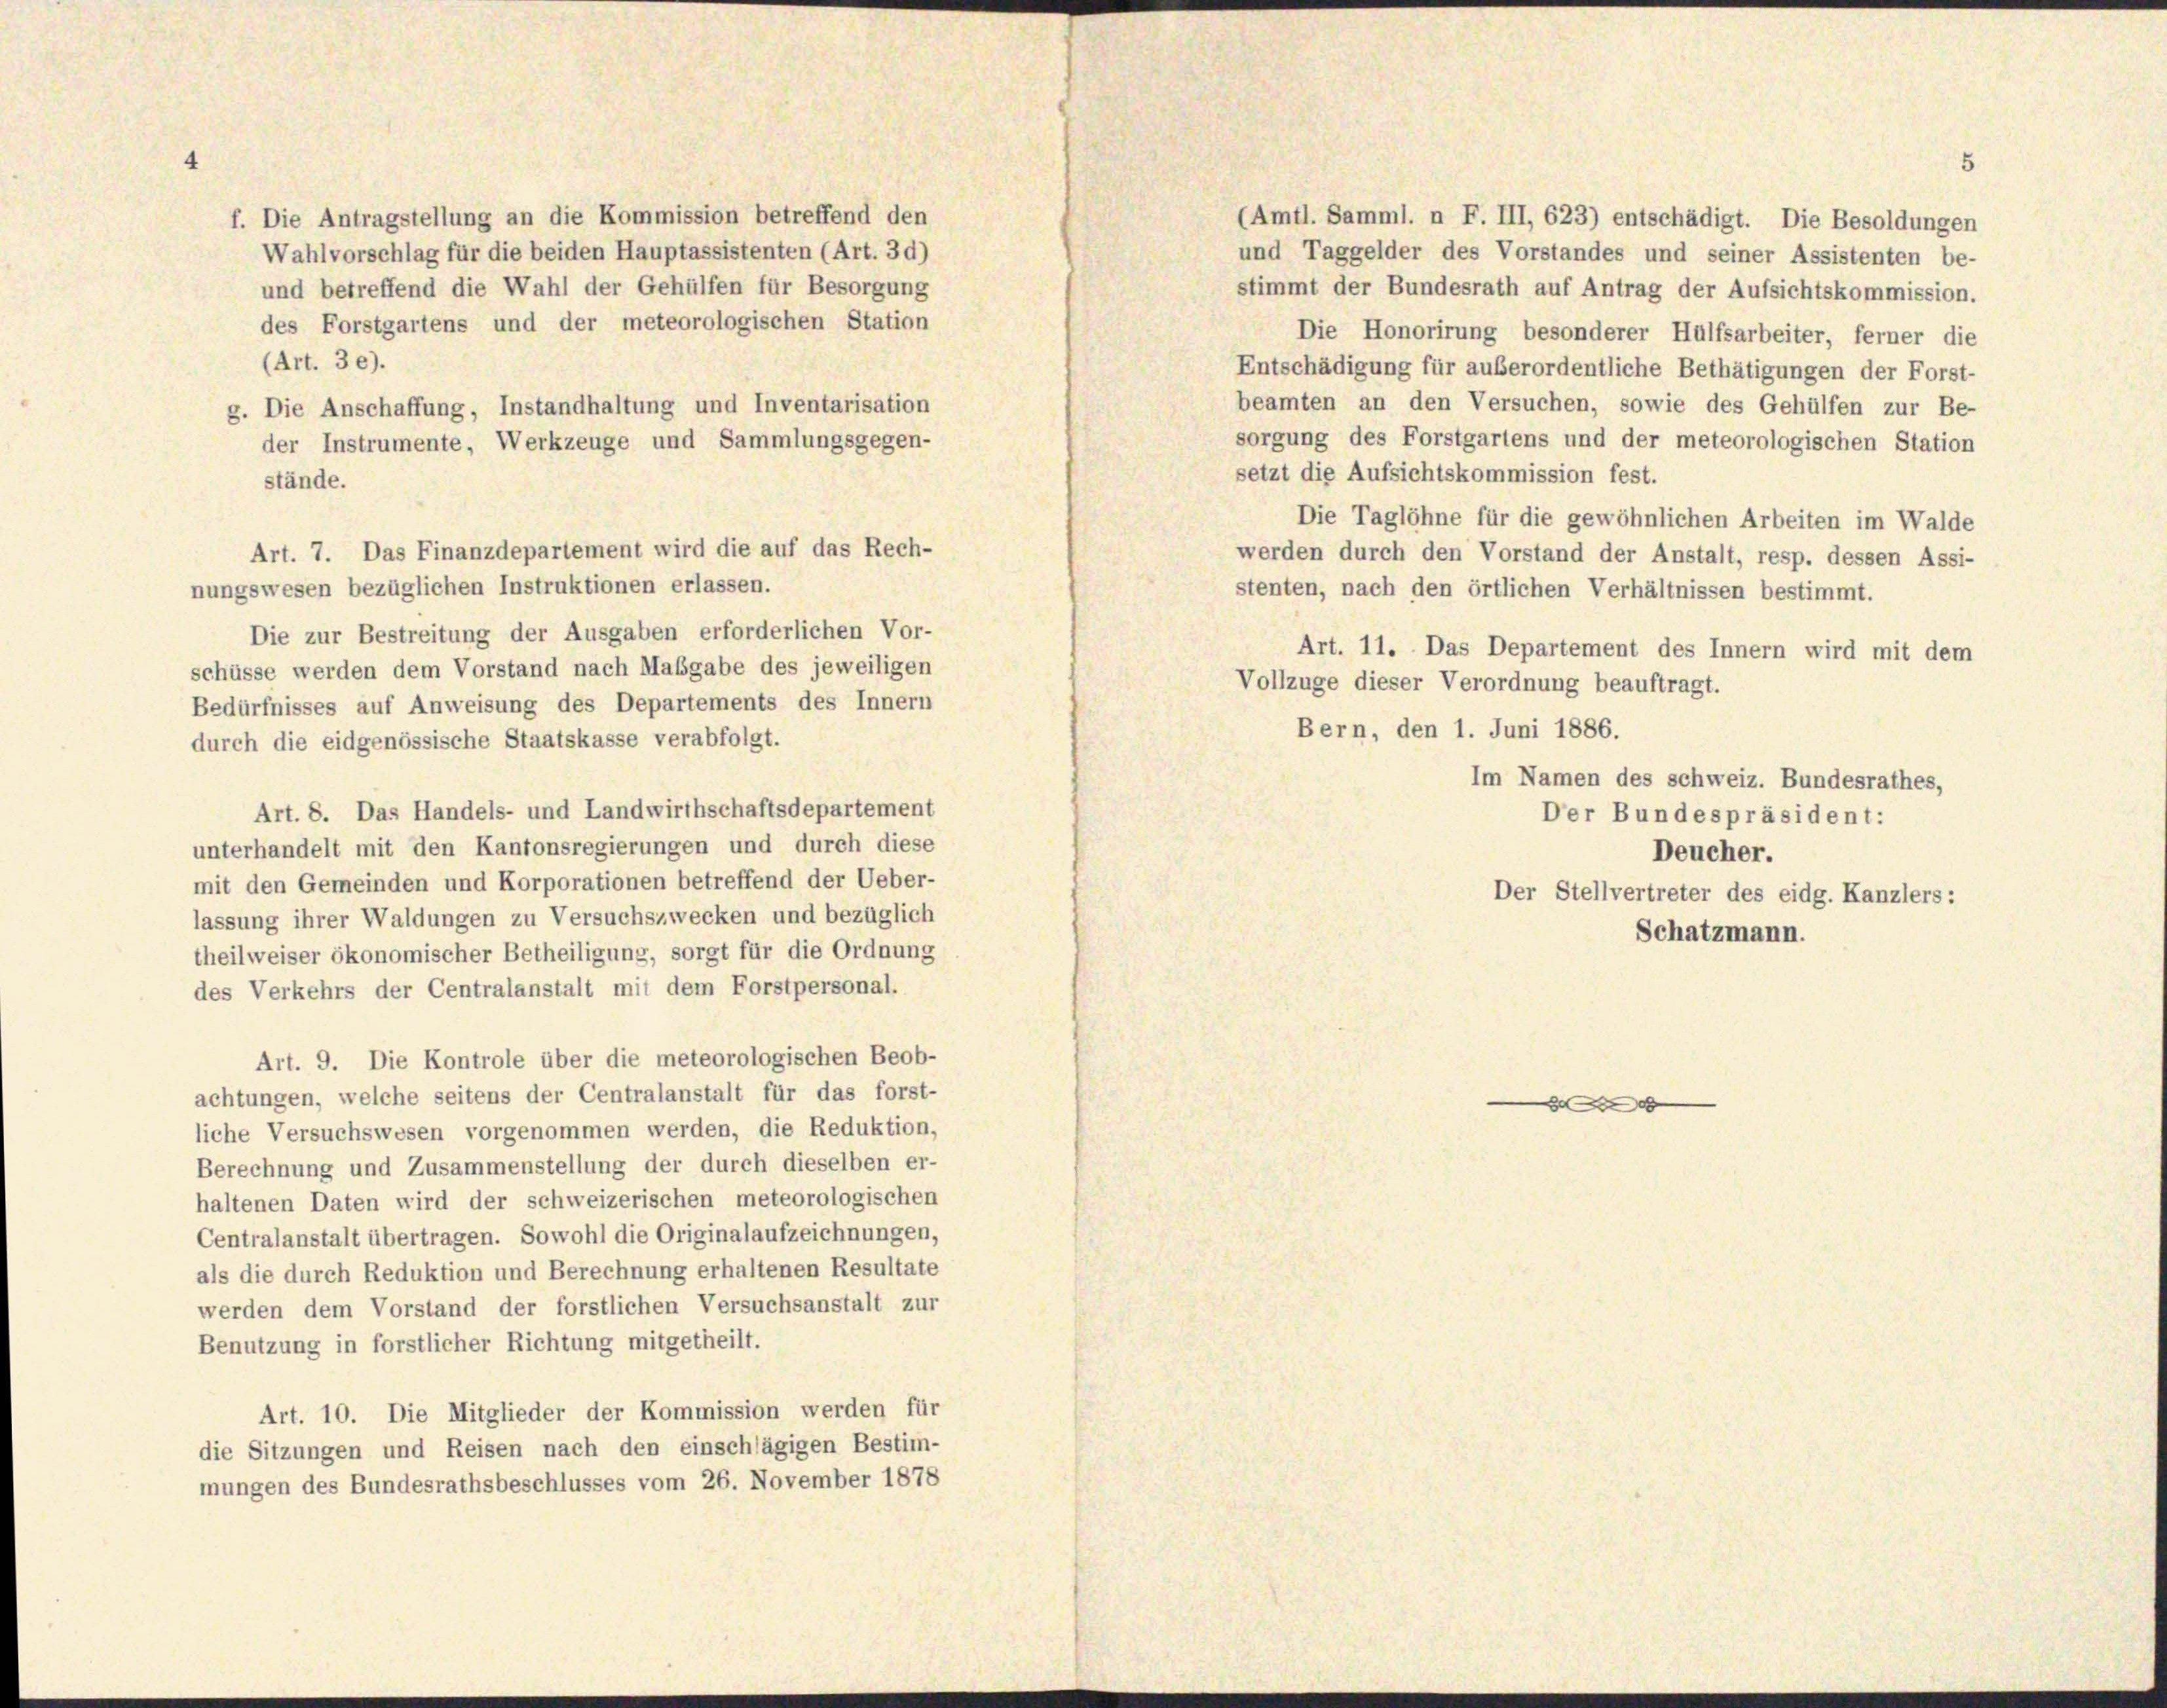
f. Die Antragstellung an die Kommission betreffend den
Wahlvorschlag für die beiden Hauptassistenten (Art. 30)
und betreffend die Wahl der Gehülfen für Besorgung
des Forstgartens und der meteorologischen Station
(Art. 36).
g. Die Anschaffung, Instandhaltung und Inventarisation
der Instrumente, Werkzeuge und Sammlungsgegen-
setzt die Aufsichtskommission fest.
stände.
Die Taglöhne für die gewöhnlichen Arbeiten im Walde
werden durch den Vorstand der Anstalt, resp. dessen Assi-
nungswesen bezüglichen Instruktionen erlassen.
stenten, nach den örtlichen Verhältnissen bestimmt.
Die zur Bestreitung der Ausgaben erforderlichen Vor-
Art. 11. Das Departement des Innern wird mit dem
schüsse werden dem Vorstand nach Maßgabe des jeweiligen
Vollzuge dieser Verordnung beauftragt.
Bedürfnisses auf Anweisung des Departements des Innern
Bern, den 1. Juni 1886.
durch die eidgenössische Staatskasse verabfolgt.
Im Namen des Schweiz. Bundesrathes,
Art. 8. Das Handels- und Landwirthschaftsdepartement
Der Bundespräsident:
unterhandelt mit den Kantonsregierungen und durch diese
Deucher.
mit den Gemeinden und Korporationen betreffend der Ueber-
Der Stellvertreter des eidg. Kanzlers:
lassung ihrer Waldungen zu Versuchszwecken und bezüglich
Schatzmann.
theilweiser ökonomischer Betheiligung, sorgt für die Ordnung
des Verkehrs der Centralanstalt mit dem Forstpersonal.
Art. 9. Die Kontrole über die meteorologischen Beob-
achtungen, welche seitens der Centralanstalt für das forst-

liche Versuchswesen vorgenommen werden, die Reduktion,
Berechnung und Zusammenstellung der durch dieselben er-
haltenen Daten wird der schweizerischen meteorologischen
Centralanstalt übertragen. Sowohl die Originalaufzeichnungen,
als die durch Reduktion und Berechnung erhaltenen Resultate
werden dem Vorstand der forstlichen Versuchsanstalt zur
Benutzung in forstlicher Richtung mitgetheilt.
Art. 10. Die Mitglieder der Kommission werden für
die Sitzungen und Reisen nach den einschlägigen Bestim-
mungen des Bundesrathsbeschlusses vom 26. November 1878

Art. 7. Das Finanzdepartement wird die auf das Rech-

(Amtl. Samml. n F. III, 623) entschädigt. Die Besoldungen
und Taggelder des Vorstandes und seiner Assistenten be-
stimmt der Bundesrath auf Antrag der Aufsichtskommission.
Die Honorirung besonderer Hülfsarbeiter, ferner die
Entschädigung für außerordentliche Bethätigungen der Forst-
beamten an den Versuchen, sowie des Gehülfen zur Be-
sorgung des Forstgartens und der meteorologischen Station